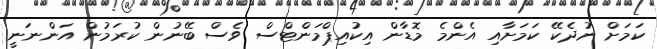
ކަމަށް ނުދެކޭ ކަމަށާއި އެންމެ މޮޑާން އިކުއިޕްމަންޓްސް ވެސް ބޭނުން ކުރަމުން އަންނަނީ